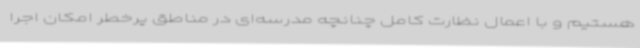
هستیم و با اعمال نظارت کامل چنانچه مدرسه‌ای در مناطق پرخطر امکان اجرا